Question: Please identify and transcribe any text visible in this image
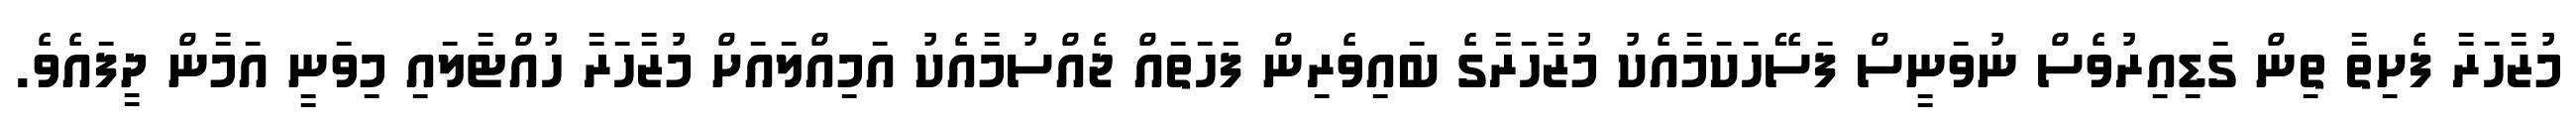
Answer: މުޒާހަރާ ފެށިތާ ތިން ގަޑިއިރުވެސް ނުވަނީސް ފަސޭހަކަމާއެކު މުޒާހަރާގެ ބައިވެރިން ފަހަތައް ޖެއްސުމާއެކު އަމިއްލައަށް މުޒާހަރާ ހުއްޓާލައި މިވަނީ އަމާން ދީފައެވެ.